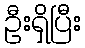
ဦးရှိပြီး